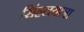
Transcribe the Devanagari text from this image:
सिंहलयात्रा